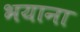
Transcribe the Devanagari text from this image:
भयाना